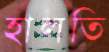
হালতি